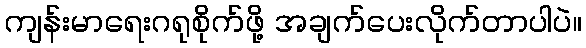
ကျန်းမာရေးဂရုစိုက်ဖို့ အချက်ပေးလိုက်တာပါပဲ။